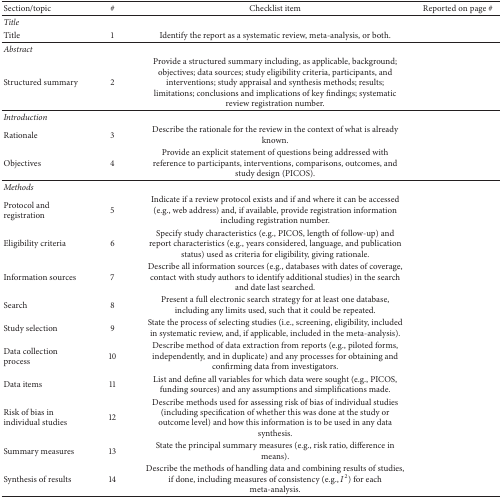
<table><thead><tr><td><b>Section/topic </b></td><td><b>#</b></td><td><b>Checklist item </b></td><td><b>Reported on page # </b></td></tr></thead><tbody><tr><td colspan="3"><i>Title </i></td><td> </td></tr><tr><td>Title</td><td>1</td><td>Identify the report as a systematic review, meta-analysis, or both.</td><td> </td></tr><tr><td colspan="3"><i>Abstract </i></td><td> </td></tr><tr><td>Structured summary</td><td>2</td><td>Provide a structured summary including, as applicable, background; objectives; data sources; study eligibility criteria, participants, and interventions; study appraisal and synthesis methods; results; limitations; conclusions and implications of key findings; systematic review registration number.</td><td> </td></tr><tr><td colspan="3"><i>Introduction </i></td><td> </td></tr><tr><td>Rationale</td><td>3</td><td>Describe the rationale for the review in the context of what is already known.</td><td> </td></tr><tr><td>Objectives</td><td>4</td><td>Provide an explicit statement of questions being addressed with reference to participants, interventions, comparisons, outcomes, and study design (PICOS).</td><td> </td></tr><tr><td colspan="3"><i>Methods </i></td><td> </td></tr><tr><td>Protocol and registration</td><td>5</td><td>Indicate if a review protocol exists and if and where it can be accessed (e.g., web address) and, if available, provide registration information including registration number.</td><td> </td></tr><tr><td>Eligibility criteria</td><td>6</td><td>Specify study characteristics (e.g., PICOS, length of follow-up) and report characteristics (e.g., years considered, language, and publication status) used as criteria for eligibility, giving rationale.</td><td> </td></tr><tr><td>Information sources</td><td>7</td><td>Describe all information sources (e.g., databases with dates of coverage, contact with study authors to identify additional studies) in the search and date last searched.</td><td> </td></tr><tr><td>Search</td><td>8</td><td>Present a full electronic search strategy for at least one database, including any limits used, such that it could be repeated.</td><td> </td></tr><tr><td>Study selection</td><td>9</td><td>State the process of selecting studies (i.e., screening, eligibility, included in systematic review, and, if applicable, included in the meta-analysis).</td><td> </td></tr><tr><td>Data collection process</td><td>10</td><td>Describe method of data extraction from reports (e.g., piloted forms, independently, and in duplicate) and any processes for obtaining and confirming data from investigators.</td><td> </td></tr><tr><td>Data items</td><td>11</td><td>List and define all variables for which data were sought (e.g., PICOS, funding sources) and any assumptions and simplifications made.</td><td> </td></tr><tr><td>Risk of bias in individual studies</td><td>12</td><td>Describe methods used for assessing risk of bias of individual studies (including specification of whether this was done at the study or outcome level) and how this information is to be used in any data synthesis.</td><td> </td></tr><tr><td>Summary measures</td><td>13</td><td>State the principal summary measures (e.g., risk ratio, difference in means).</td><td> </td></tr><tr><td>Synthesis of results</td><td>14</td><td>Describe the methods of handling data and combining results of studies, if done, including measures of consistency (e.g., <i>I</i><sup>2</sup>) for each meta-analysis.</td><td> </td></tr></tbody></table>